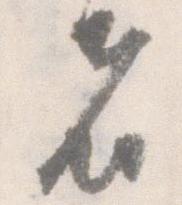
者